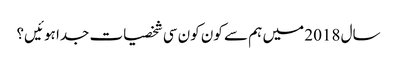
سال 2018 میں ہم سے کون کون سی شخصیات جدا ہوئیں؟